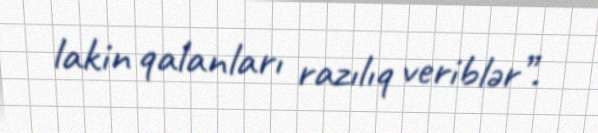
lakin qalanları razılıq veriblər”.